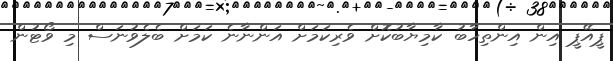
ޕީއޭޕީ އިން އިންތިހާބު ކާމިޔާބުކޮށް ވެރިކަމަށް އަންނާނެ ކަމަށް ބެލެވުނަސް މި ވޯޓުން